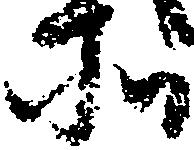
所